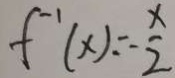
f ^ { - 1 } ( x ) = - \frac { x } { 2 }